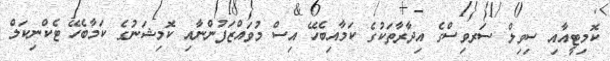
ކޮމިޓީއާއި ސިވިލް ސަރވިސްގެ އިދާރާތަކުގެ ކަމާއިބެހޭ އިސް މުވައްޒަފުންނާއި ކޮމިޝަނުގެ ކަމާބެހޭ ޓެކްނިކަލް